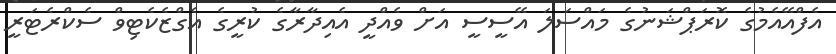
އެފްއޭއެމުގެ ކޮރަޕްޝަނުގެ މައްސަލަ އޭސީސީ އަށް ވެއްދީ އެއިދާރާގެ ކުރީގެ އެގްޒެކެޓިވް ސެކްރެޓަރީ